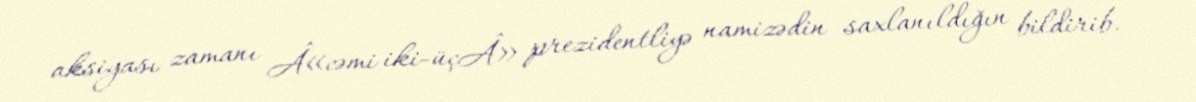
aksiyası zamanı Â«cəmi iki-üçÂ» prezidentliyə namizədin saxlanıldığın bildirib.